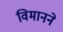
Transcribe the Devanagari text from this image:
विमानने